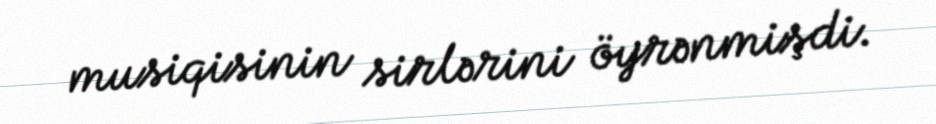
musiqisinin sirlərini öyrənmişdi.